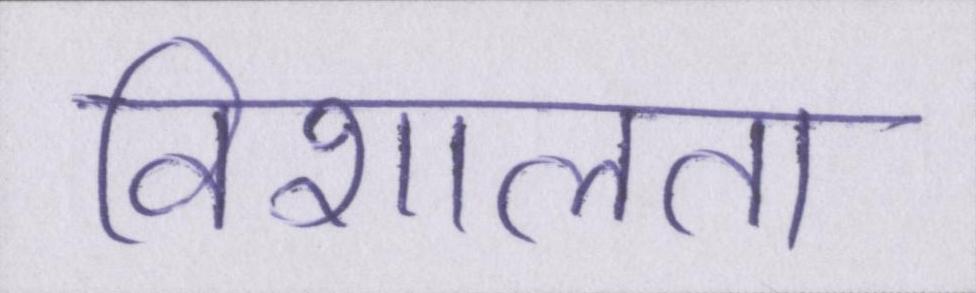
विशालता